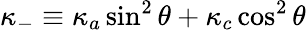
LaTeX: \kappa_{-}\equiv\kappa_{a}\sin^{2}\theta+\kappa_{c}\cos^{2}\theta